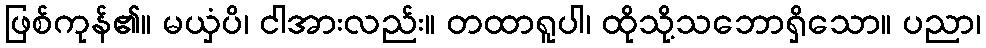
ဖြစ်ကုန်၏။ မယှံပိ၊ ငါအားလည်း။ တထာရူပါ၊ ထိုသို့သဘောရှိသော။ ပညာ၊